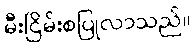
မီးငြိမ်းစပြုလာသည်။